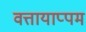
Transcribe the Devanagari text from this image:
वत्तायाप्पम